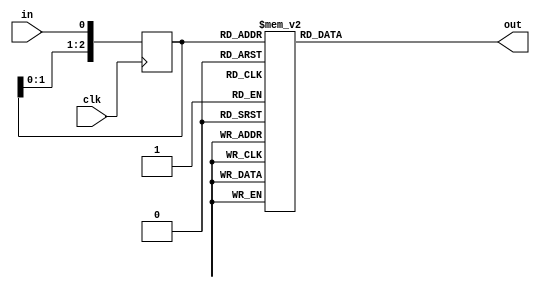
module multisample3(
    input clk,
    input in,
    output reg out
    );

reg[2:0] r;

always @(r) begin
    case (r)
        3'b000: out = 1'b0;
        3'b001: out = 1'b0;
        3'b010: out = 1'b0;
        3'b011: out = 1'b1;
        3'b100: out = 1'b0;
        3'b101: out = 1'b1;
        3'b110: out = 1'b1;
        3'b111: out = 1'b1;
    endcase
end

always @(posedge clk) begin
    r <= { r[1:0], in };
end

endmodule

//---------------------------------------------------------------------
module multisample5(
    input clk,
    input in,
    output reg out
    );

reg[4:0] r;

always @(r) begin
    case (r)
        5'b00000: out = 1'b0;
        5'b00001: out = 1'b0;
        5'b00010: out = 1'b0;
        5'b00011: out = 1'b0;
        5'b00100: out = 1'b0;
        5'b00101: out = 1'b0;
        5'b00110: out = 1'b0;
        5'b00111: out = 1'b1;
        5'b01000: out = 1'b0;
        5'b01001: out = 1'b0;
        5'b01010: out = 1'b0;
        5'b01011: out = 1'b1;
        5'b01100: out = 1'b0;
        5'b01101: out = 1'b1;
        5'b01110: out = 1'b1;
        5'b01111: out = 1'b1;
        5'b10000: out = 1'b0;
        5'b10001: out = 1'b0;
        5'b10010: out = 1'b0;
        5'b10011: out = 1'b1;
        5'b10100: out = 1'b0;
        5'b10101: out = 1'b1;
        5'b10110: out = 1'b1;
        5'b10111: out = 1'b1;
        5'b11000: out = 1'b0;
        5'b11001: out = 1'b1;
        5'b11010: out = 1'b1;
        5'b11011: out = 1'b1;
        5'b11100: out = 1'b1;
        5'b11101: out = 1'b1;
        5'b11110: out = 1'b1;
        5'b11111: out = 1'b1;
    endcase
end

always @(posedge clk) begin
    r <= { r[3:0], in };
end

endmodule

//---------------------------------------------------------------------
module nrzi_decode(
    input clk,
    input clken,
    input i,
    output o
    );

reg prev_i;
assign o = (prev_i == i);

always @(posedge clk) begin
    if (clken) begin
        prev_i <= i;
    end
end

endmodule